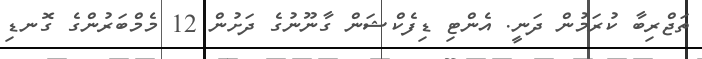
ތަޖްރިބާ ކުރަމުން ދަނީ. އެންޓި ޑިފެކްޝަން ގާނޫނުގެ ދަށުން 12 މެމްބަރުންގެ ގޮނޑި